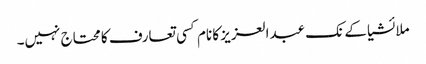
ملائشیا کے نک عبدالعزیز کا نام کسی تعارف کا محتاج نہیں۔